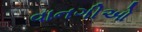
વાનગીઓ